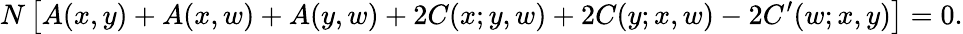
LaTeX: N\, \bigl[A(x,y)+A(x,w)+A(y,w)+2C(x;y,w)+2C(y;x,w)-2C^{\prime}(w;x,y)\bigr]=0.